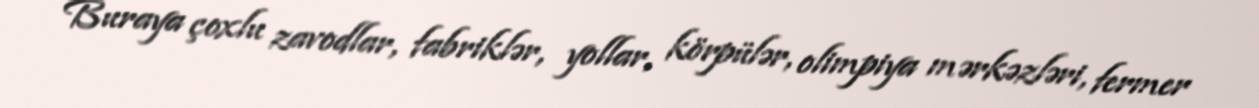
Buraya çoxlu zavodlar, fabriklər, yollar, körpülər, olimpiya mərkəzləri, fermer